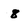
Character: 8